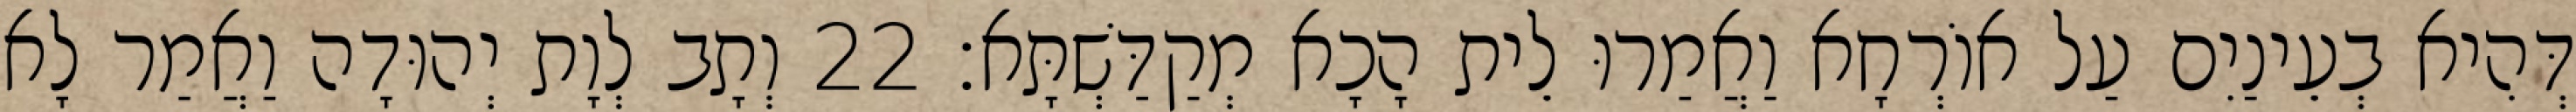
דְּהִיא בְעֵינַיִם עַל אוֹרְחָא וַאֲמַרוּ לֵית הָכָא מְקַדַּשְׁתָּא׃ 22 וְתָב לְוָת יְהוּדָה וַאֲמַר לָא